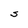
Character: S